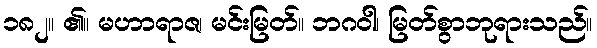
၁၈၂။ ၏။ မဟာရာဇ၊ မင်းမြတ်။ ဘဂဝါ၊ မြတ်စွာဘုရားသည်။